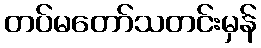
တပ်မတော်သတင်းမှန်